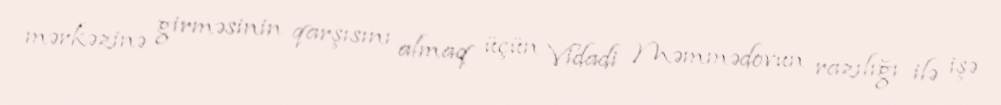
mərkəzinə girməsinin qarşısını almaq üçün Vidadi Məmmədovun razılığı ilə işə